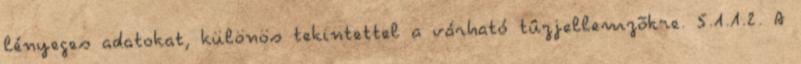
lényeges adatokat, különös tekintettel a várható tûzjellemzõkre. 5.1.1.2. A